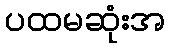
ပထမဆုံးအ